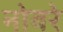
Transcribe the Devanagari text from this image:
नोबरे